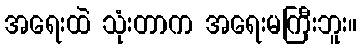
အရေးထဲ သုံးတာက အရေးမကြီးဘူး။